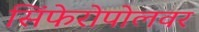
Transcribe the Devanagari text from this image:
सिंफेरोपोलवर